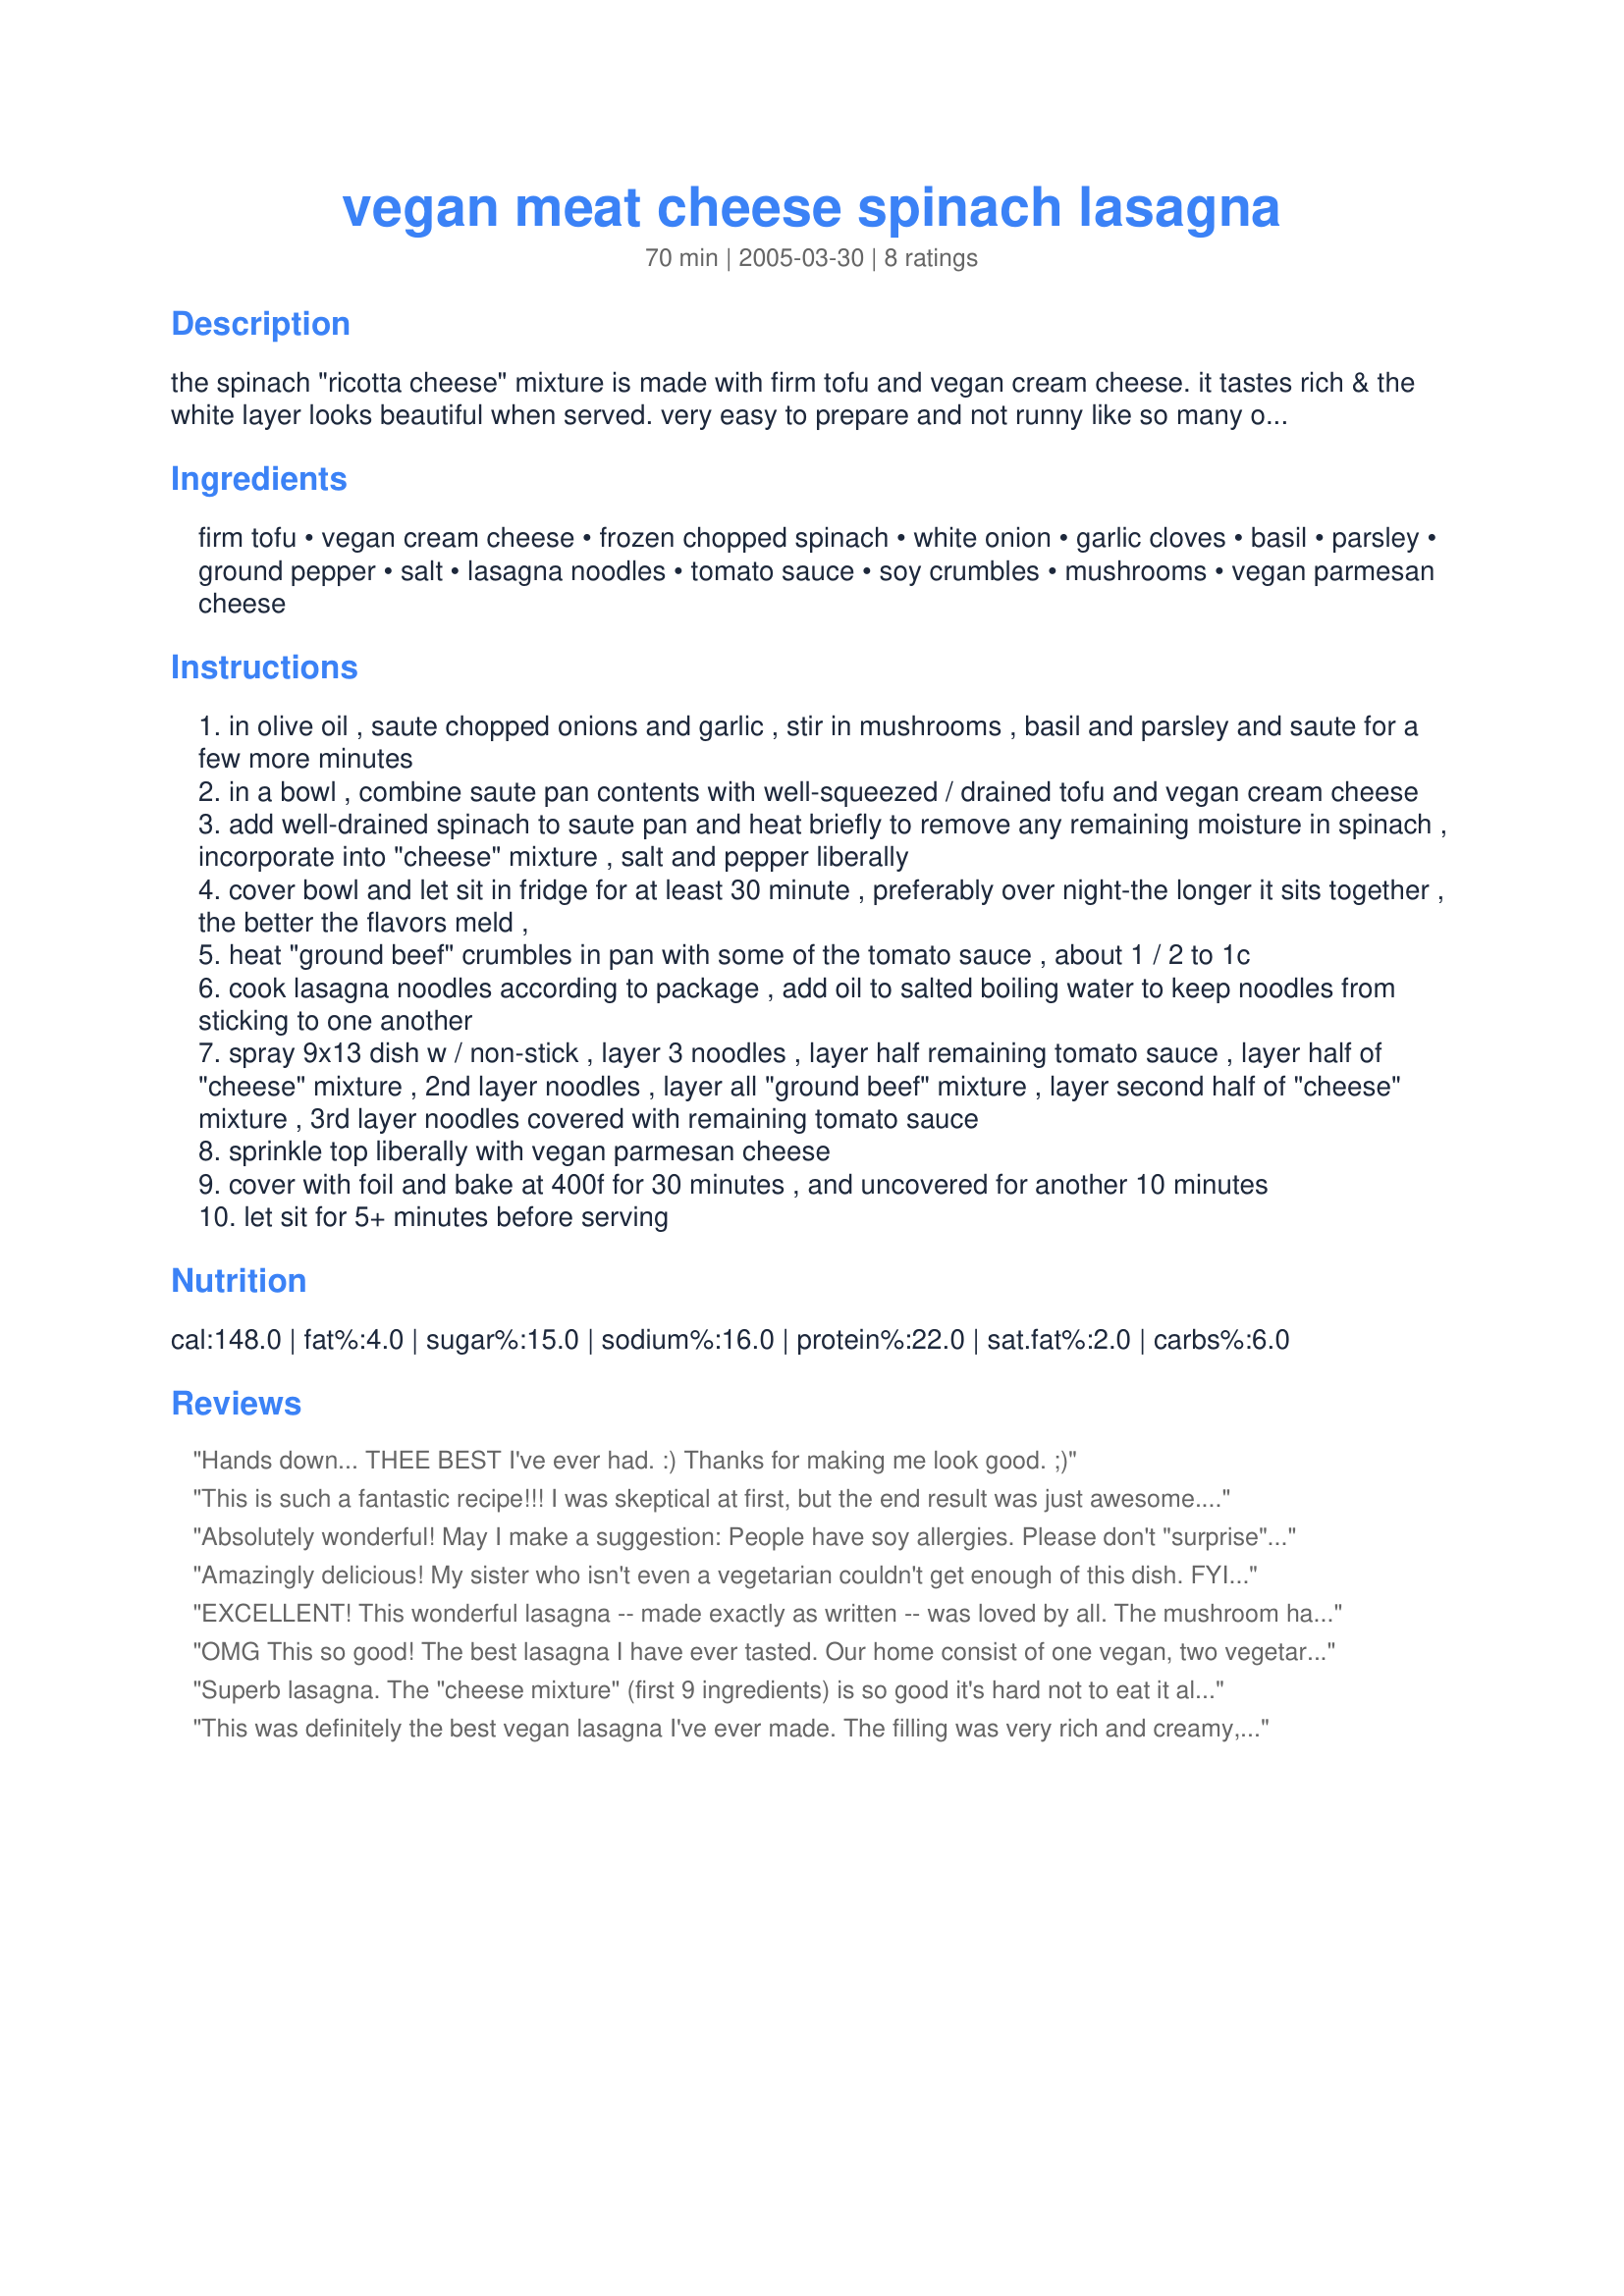
vegan meat cheese spinach lasagna
Preparation time: 70 minutes

the spinach "ricotta cheese" mixture is made with firm tofu and vegan cream cheese. it tastes rich & the white layer looks beautiful when served. very easy to prepare and not runny like so many other vegetarian lasagnas seem to be. very well received by non-vegans.

Ingredients:
firm tofu, vegan cream cheese, frozen chopped spinach, white onion, garlic cloves, basil, parsley, ground pepper, salt, lasagna noodles, tomato sauce, soy crumbles, mushrooms, vegan parmesan cheese

Steps:
in olive oil , saute chopped onions and garlic , stir in mushrooms , basil and parsley and saute for a few more minutes
in a bowl , combine saute pan contents with well-squeezed / drained tofu and vegan cream cheese
add well-drained spinach to saute pan and heat briefly to remove any remaining moisture in spinach , incorporate into "cheese" mixture , salt and pepper liberally
cover bowl and let sit in fridge for at least 30 minute , preferably over night-the longer it sits together , the better the flavors meld ,
heat "ground beef" crumbles in pan with some of the tomato sauce , about 1 / 2 to 1c
cook lasagna noodles according to package , add oil to salted boiling water to keep noodles from sticking to one another
spray 9x13 dish w / non-stick , layer 3 noodles , layer half remaining tomato sauce , layer half of "cheese" mixture , 2nd layer noodles , layer all "ground beef" mixture , layer second half of "cheese" mixture , 3rd layer noodles covered with remaining tomato sauce
sprinkle top liberally with vegan parmesan cheese
cover with foil and bake at 400f for 30 minutes , and uncovered for another 10 minutes
let sit for 5+ minutes before serving

Reviews:
Hands down... THEE BEST I've ever had. :) Thanks for making me look good. ;)
This is such a fantastic recipe!!! I was skeptical at first, but the end result was just awesome. I didn't have any vegan cream cheese, and I thought the recipe did just fine without it, but I can't wait to try it again with the cream cheese. We used mozzarella to top it and it was delicious. I was super impressed and really stoked to add this recipe to the recipe box. We will definitely be using this one a LOT! This is a GREAT RECIPE!
Absolutely wonderful!
May I make a suggestion: People have soy allergies. Please don't "surprise" a meat eater with it unless you know they are not allergic to it.
Also, it contains a LOT of soy. If your body's not used to it you may be visiting the toilet a few extra times.
My notes:
I used Tofutti Herbs & Chives cream cheese.
I used an organic marinara sauce for tomato sauce.
I used soy mozzarella cheese on top (sans casein, a milk product!)

Thanks for a FAB recipe!!
Amazingly delicious! My sister who isn't even a vegetarian couldn't get enough of this dish. 
FYI: You don't need to leave the "cheese" mixture in the fridge over night, 15-20 mins. will do the trick.
EXCELLENT! This wonderful lasagna -- made exactly as written -- was loved by all. The mushroom hater in the family asked if there were mushrooms in it. I said yes, and he kept eating. If that isn't amazing, I don't know what is! I did really really really finely chop the mushrooms, so they weren't easily identifiable. :-) I didn't wait at all before assemblying the lasagna, but I baked it halfway, then froze it, then baked it again until it was hot and bubbling. Super delicious and will be made everytime someone says "we haven't had lasagna in a while..."
OMG This so good! The best lasagna I have ever tasted. Our home consist of one vegan, two vegetarians, and one meat eater, and we all absolutely loved this dish. The meat eater just raves about this dish and has no idea it's vegan.....it's pretty funny! The "cheese" mixture is to die for, I'm thinking what else I can use it in.....maybe stuffed manicotti? Try it, I guarantee you will not be disappointed.
Superb lasagna. The "cheese mixture"
(first 9 ingredients) is so good it's hard not to eat it all up before the noodles are done cooking. Wow! Thanks flitenrs.
This was definitely the best vegan lasagna I've ever made. The filling was very rich and creamy, not runny. I pressed the water out of the tofu with a weight while I cooked the onions and mushrooms. (I also left out the spinach, but would probably weight it, too.) Also, I assumed "tomato sauce" meant plain, unseasoned sauce -- next time I will use a more flavorful spaghetti sauce. Great dinner, and even better leftovers.
